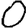
Digit: 0